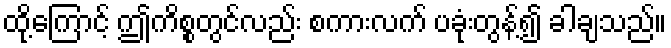
ထို့ကြောင့် ဤကိစ္စတွင်လည်း စကားလက် ပခုံးတွန့်၍ ခါချသည်။